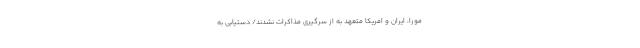
مورا، ایران و امریکا متعهد به از سرگیری مذاکرات نشدند/ دستیابی به